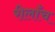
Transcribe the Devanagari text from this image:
रीलाँच